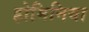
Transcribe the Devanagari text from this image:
होमिनिया